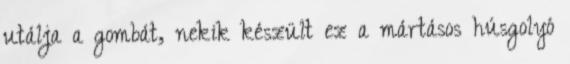
utálja a gombát, nekik készült ez a mártásos húsgolyó